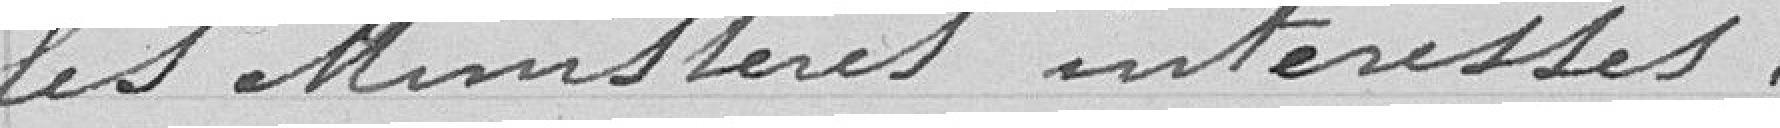
les Ministres intéressés.